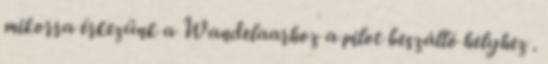
mikorra érkezünk a Wandelaarhoz a pilot beszálló helyhez .